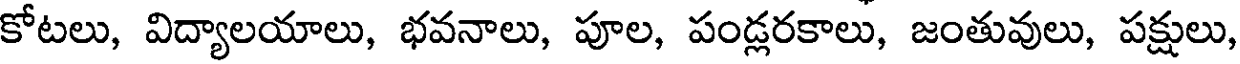
కోటలు, విద్యాలయాలు, భవనాలు, పూల, పండ్లరకాలు, జంతువులు, పక్షులు,